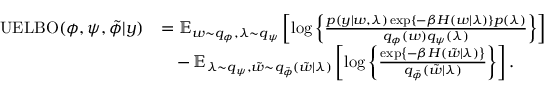
\begin{array} { r l } { \operatorname { U E L B O } ( \phi , \psi , \Tilde { \phi } | y ) } & { = \operatorname { \mathbb { E } } _ { w \sim q _ { \phi } , \lambda \sim q _ { \psi } } \left[ \log \left\{ \frac { p ( y | w , \lambda ) \exp \left\{ - \beta H ( w | \lambda ) \right\} p ( \lambda ) } { q _ { \phi } ( w ) q _ { \psi } ( \lambda ) } \right\} \right] } \\ & { \quad - \operatorname { \mathbb { E } } _ { \lambda \sim q _ { \psi } , \Tilde { w } \sim q _ { \Tilde { \phi } } ( \Tilde { w } | \lambda ) } \left[ \log \left\{ \frac { \exp \left\{ - \beta H ( \Tilde { w } | \lambda ) \right\} } { q _ { \Tilde { \phi } } ( \Tilde { w } | \lambda ) } \right\} \right] . } \end{array}